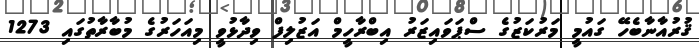
ޤުރުއާނާބެހޭ ގައުމީ މަރުކަޒުގެ ސްޕަވައިޒަރު އިބްރާހީމް އަޒުލިފް ވިދާޅުވީ މިއަހަރުގެ މުބާރާތުގައި 1273